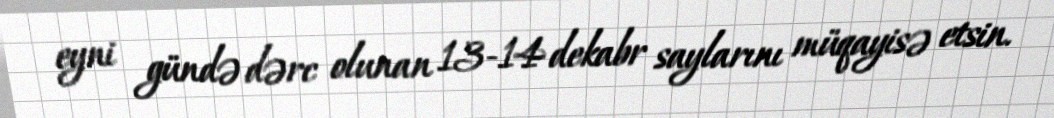
eyni gündə dərc olunan 13-14 dekabr saylarını müqayisə etsin.